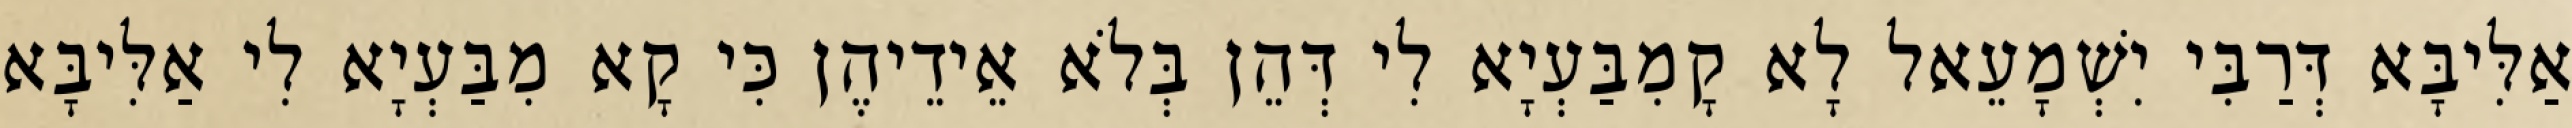
אַלִּיבָּא דְּרַבִּי יִשְׁמָעֵאל לָא קָמִבַּעְיָא לִי דְּהֵן בְּלֹא אֵידֵיהֶן כִּי קָא מִבַּעְיָא לִי אַלִּיבָּא